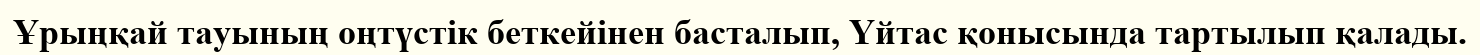
Ұрыңқай тауының оңтүстік беткейінен басталып, Үйтас қонысында тартылып қалады.